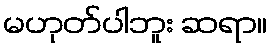
မဟုတ်ပါဘူး ဆရာ။